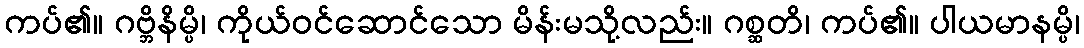
ကပ်၏။ ဂဗ္ဘိနိမ္ပိ၊ ကိုယ်ဝင်ဆောင်သော မိန်းမသို့လည်း။ ဂစ္ဆတိ၊ ကပ်၏။ ပါယမာနမ္ပိ၊